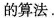
的算法.